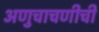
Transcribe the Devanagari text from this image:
अणुचाचणीची